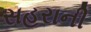
સહરાની